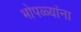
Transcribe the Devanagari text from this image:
भोपळ्यांना